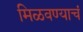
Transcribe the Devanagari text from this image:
मिळवण्याचं